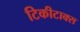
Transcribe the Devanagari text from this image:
टिकीटाक्स